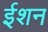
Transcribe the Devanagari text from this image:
ईशन